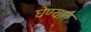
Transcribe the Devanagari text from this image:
घॆण्यात